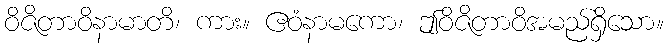
ဝိဇိတာဝိနာမာတိ၊ ကား။ ဧဝံနာမကော၊ ဤဝိဇိတာဝိအမည်ရှိသော။